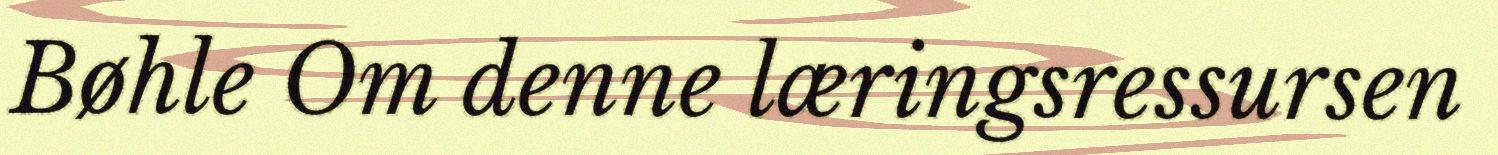
Bøhle Om denne læringsressursen